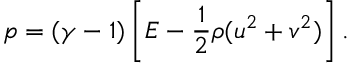
p = ( \gamma - 1 ) \left[ E - \frac { 1 } { 2 } \rho ( u ^ { 2 } + v ^ { 2 } ) \right] .